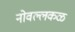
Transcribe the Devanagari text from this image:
नोवल्लकळ